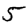
Digit: 5